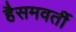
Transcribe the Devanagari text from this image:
हैसमवर्ती